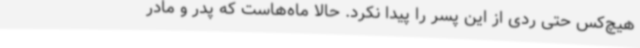
هیچ‌کس حتی ردی از این پسر را پیدا نکرد. حالا ماه‌هاست که پدر و مادر